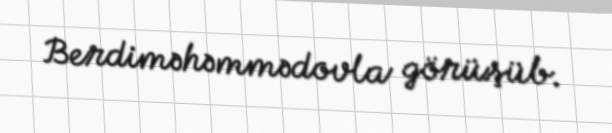
Berdiməhəmmədovla görüşüb.